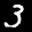
Label: 3